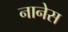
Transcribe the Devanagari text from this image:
नानेस